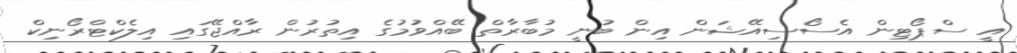
އީ ސްޕޯޓިން އެސޯސިއޭޝަން އިން ބުނީ މުބާރާތް ބޭއްވުމުގެ އިތުރުން ރާއްޖޭގައި އިލެކްޓްރޯނިކް